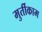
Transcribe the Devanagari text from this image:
मुर्तीकाम